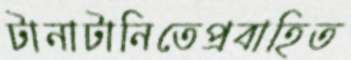
টানাটানিতেপ্রবাহিত